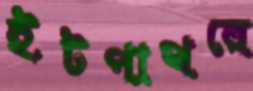
ইটপাথরে